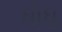
ધોધૢ